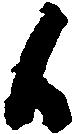
候